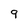
Character: 9